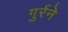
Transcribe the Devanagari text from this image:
गुर्रने